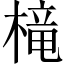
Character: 槞